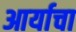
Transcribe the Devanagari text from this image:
आर्याचा